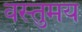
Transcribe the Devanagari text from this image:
वस्तुमय